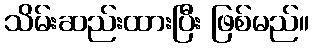
သိမ်းဆည်းထားပြီး ဖြစ်မည်။